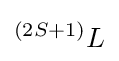
{^{\left(2S+1\right)}{L}}